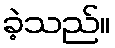
ခဲ့သည်။